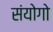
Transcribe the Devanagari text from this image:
संयोगो